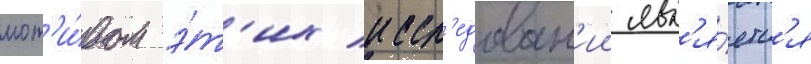
мот'и́вом э́т'их иссл'едован'ии явл'я́етс'я